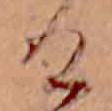
け